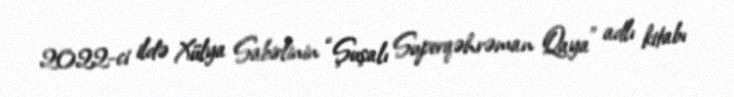
2022-ci ildə Xülya Sabirlinin “Şuşalı Superqəhrəman Qaya” adlı kitabı